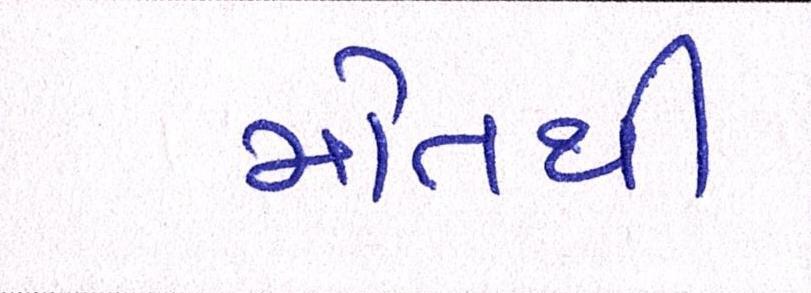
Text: મોતથી